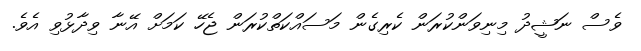
ވެސް ނަޝީދު މިނިވަންކުރަން ކެރިގެން މަސައްކަތްކުރަން ޖެހޭ ކަމަށް އޭނާ ވިދާޅުވި އެވެ.